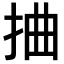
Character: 𢬑